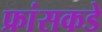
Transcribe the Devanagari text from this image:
फ्रांसकडे